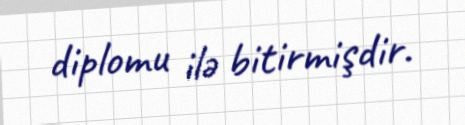
diplomu ilə bitirmişdir.